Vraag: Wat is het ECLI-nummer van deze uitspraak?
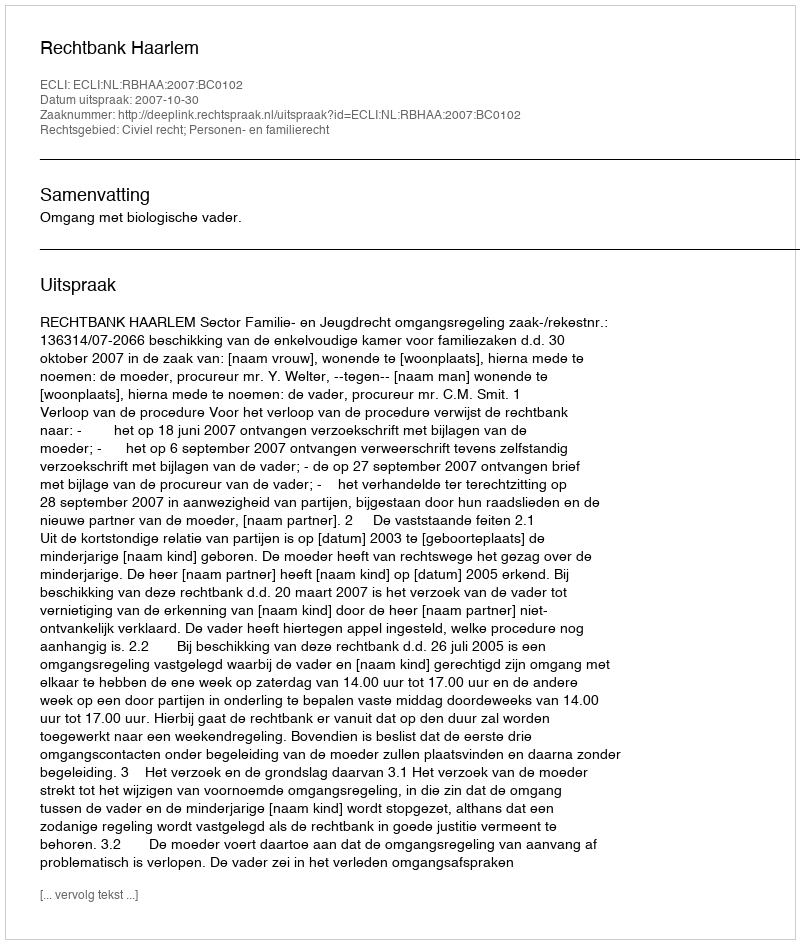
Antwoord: ECLI:NL:RBHAA:2007:BC0102